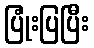
ပြုံးပြပြီး